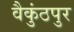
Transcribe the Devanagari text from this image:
वैकुंठपुर